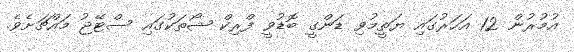
އުމުރުން 12 އަހަރުގައި ޔަތީމުވި ޑަންގީ ބޮޑުވީ ފްރިކް ޝޯތަކުގައި ސްޓޭޖު މައްޗަށެވެ.